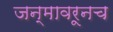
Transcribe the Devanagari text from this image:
जन्मावरूनच